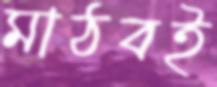
মাঠবই